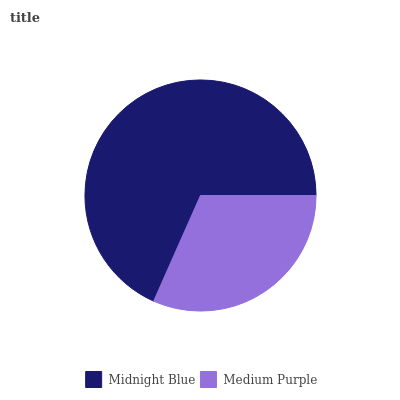
| Midnight Blue | Medium Purple |
 | --- | --- |
 | 68.4% | 31.6% |